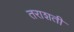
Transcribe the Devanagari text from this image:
तराशती